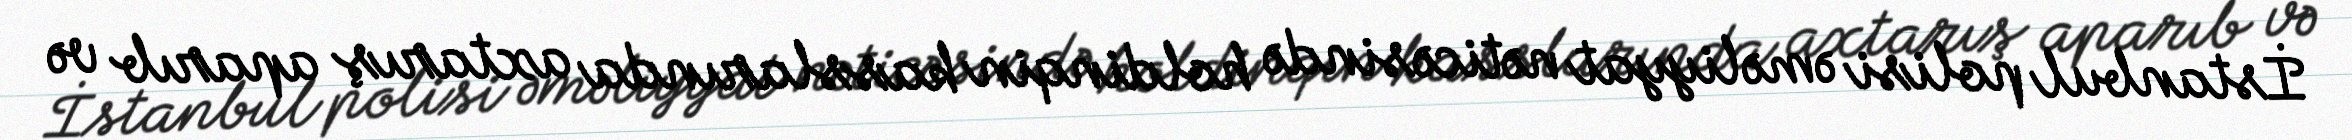
İstanbul polisi əməliyyat nəticəsində holdinqin kasslarında axtarış aparıb və